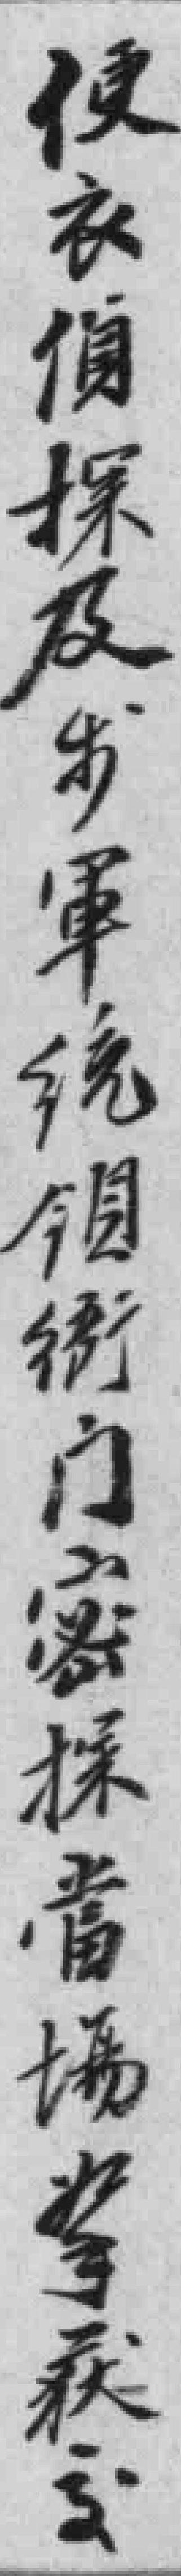
便衣侦探及步军统领衙门密探當場拿获交